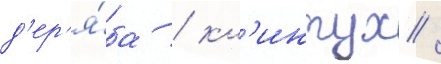
д'ер'я́ба / кл'интух /